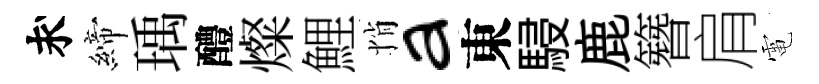
求締瑀醴燦鯉悄a東駸鹿簪肩電